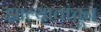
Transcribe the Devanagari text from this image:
झाल्यावांचून